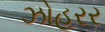
ઝોહરર